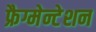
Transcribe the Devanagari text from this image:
फ्रैग्मेन्टेशन